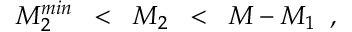
M _ { 2 } ^ { m i n } \; \; < \; \; M _ { 2 } \; \; < \; \; M - M _ { 1 } \; \; ,